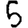
Digit: 5